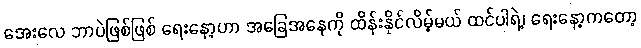
အေးလေ ဘာပဲဖြစ်ဖြစ် ရေးနော့ဟာ အခြေအနေကို ထိန်းနိုင်လိမ့်မယ် ထင်ပါရဲ့၊ ရေးနော့ကတော့